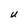
Character: U